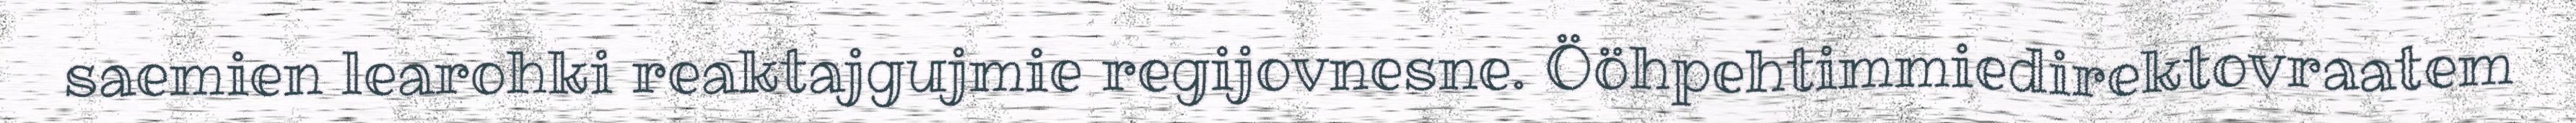
saemien learohki reaktajgujmie regijovnesne. Ööhpehtimmiedirektovraatem